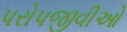
પરોપજીવીઓ